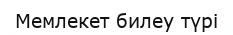
Мемлекет билеу түрі